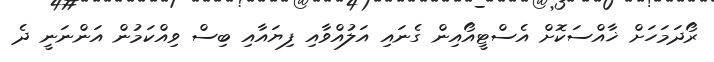
ރޯދަމަހަށް ޚާއްސަކޮށް އެސްޓީއޯއިން ގެނައި އަލުއްވާއި ފިޔައާއި ބިސް ވިއްކަމުން އަންނަނީ ދެ